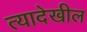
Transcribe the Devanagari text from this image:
त्यादेखील